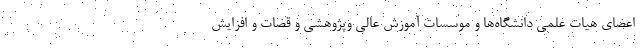
اعضای هیات علمی دانشگاه‌ها و موسسات آموزش عالی وپژوهشی و قضات و افزایش